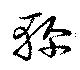
軫